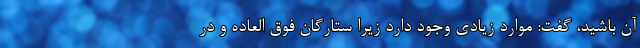
آن باشید، گفت: موارد زیادی وجود دارد زیرا ستارگان فوق العاده و در